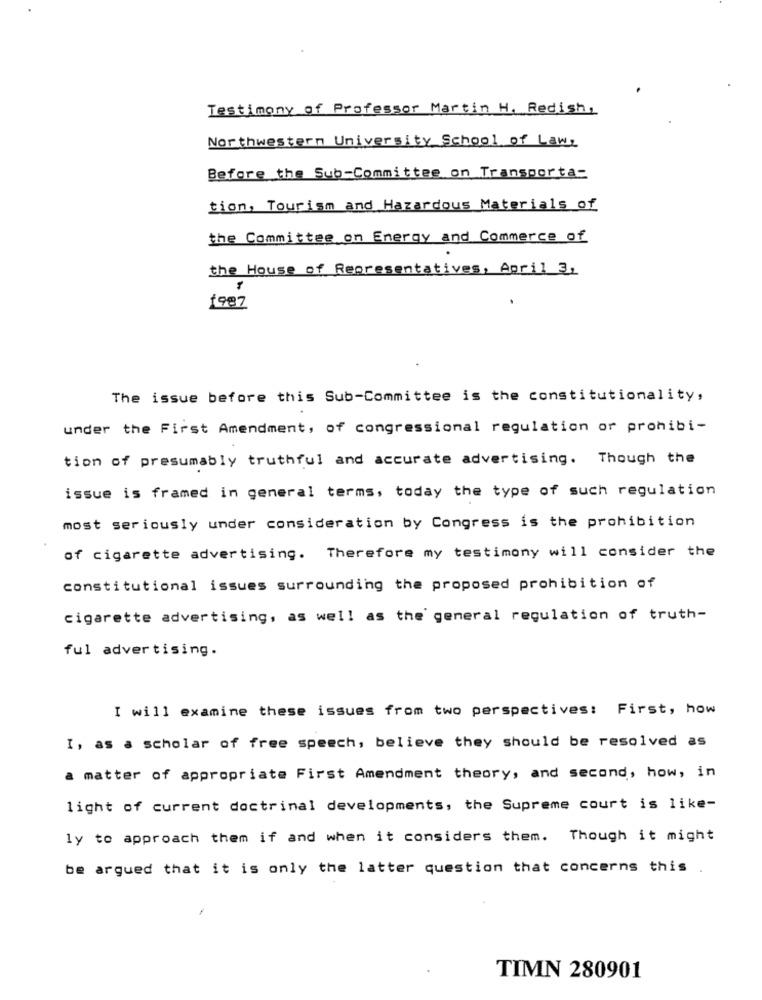
Testimony of Professor Martin H. Redish,
Northwestern University School of Law,
Before the Sub-Committee on Transporta-
tion, Tourism and Hazardous Materials of
the Committee on Energy and Commerce of
the House of Representatives, April 3,
1987
The issue before this Sub-Committee is the constitutionality,
under the First Amendment, of congressional regulation or prohibi-
tion of presumably truthful and accurate advertising. Though the
issue is framed in general terms, today the type of such regulation
most seriously under consideration by Congress is the prohibition
of cigarette advertising. Therefore my testimony will consider the
constitutional issues surrounding the proposed prohibition of
cigarette advertising, as well as the general regulation of truth-
ful advertising.
I will examine these issues from two perspectives: First, how
I, as a scholar of free speech, believe they should be resolved as
a matter of appropriate First Amendment theory, and second, how, in
light of current doctrinal developments, the Supreme court is like-
ly to approach them if and when it considers them. Though it might
be argued that it is only the latter question that concerns this
TIMN 280901